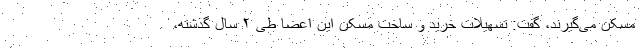
مسکن می‌گیرند، گفت: تسهیلات خرید و ساخت مسکن این اعضا طی ۲ سال گذشته،